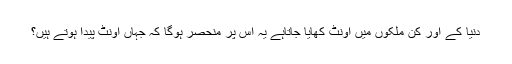
دنیا کے اور کن ملکوں میں اونٹ کھایا جاتاہے یہ اس پر منحصر ہوگا کہ جہاں اونٹ پیدا ہوتے ہیں؟